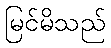
မြင်မိသည်